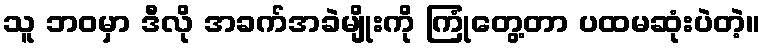
သူ ဘဝမှာ ဒီလို အခက်အခဲမျိုးကို ကြုံတွေ့တာ ပထမဆုံးပဲတဲ့။